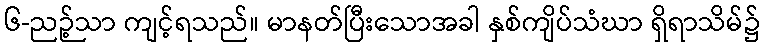
၆-ညဉ့်သာ ကျင့်ရသည်။ မာနတ်ပြီးသောအခါ နှစ်ကျိပ်သံဃာ ရှိရာသိမ်၌